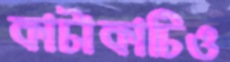
কাটাকাটিও